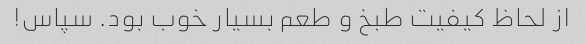
از لحاظ کیفیت طبخ و طعم بسیار خوب بود. سپاس!